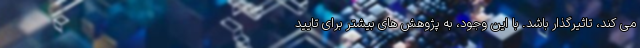
می کند، تاثیرگذار باشد. با این وجود، به پژوهش های بیشتر برای تایید